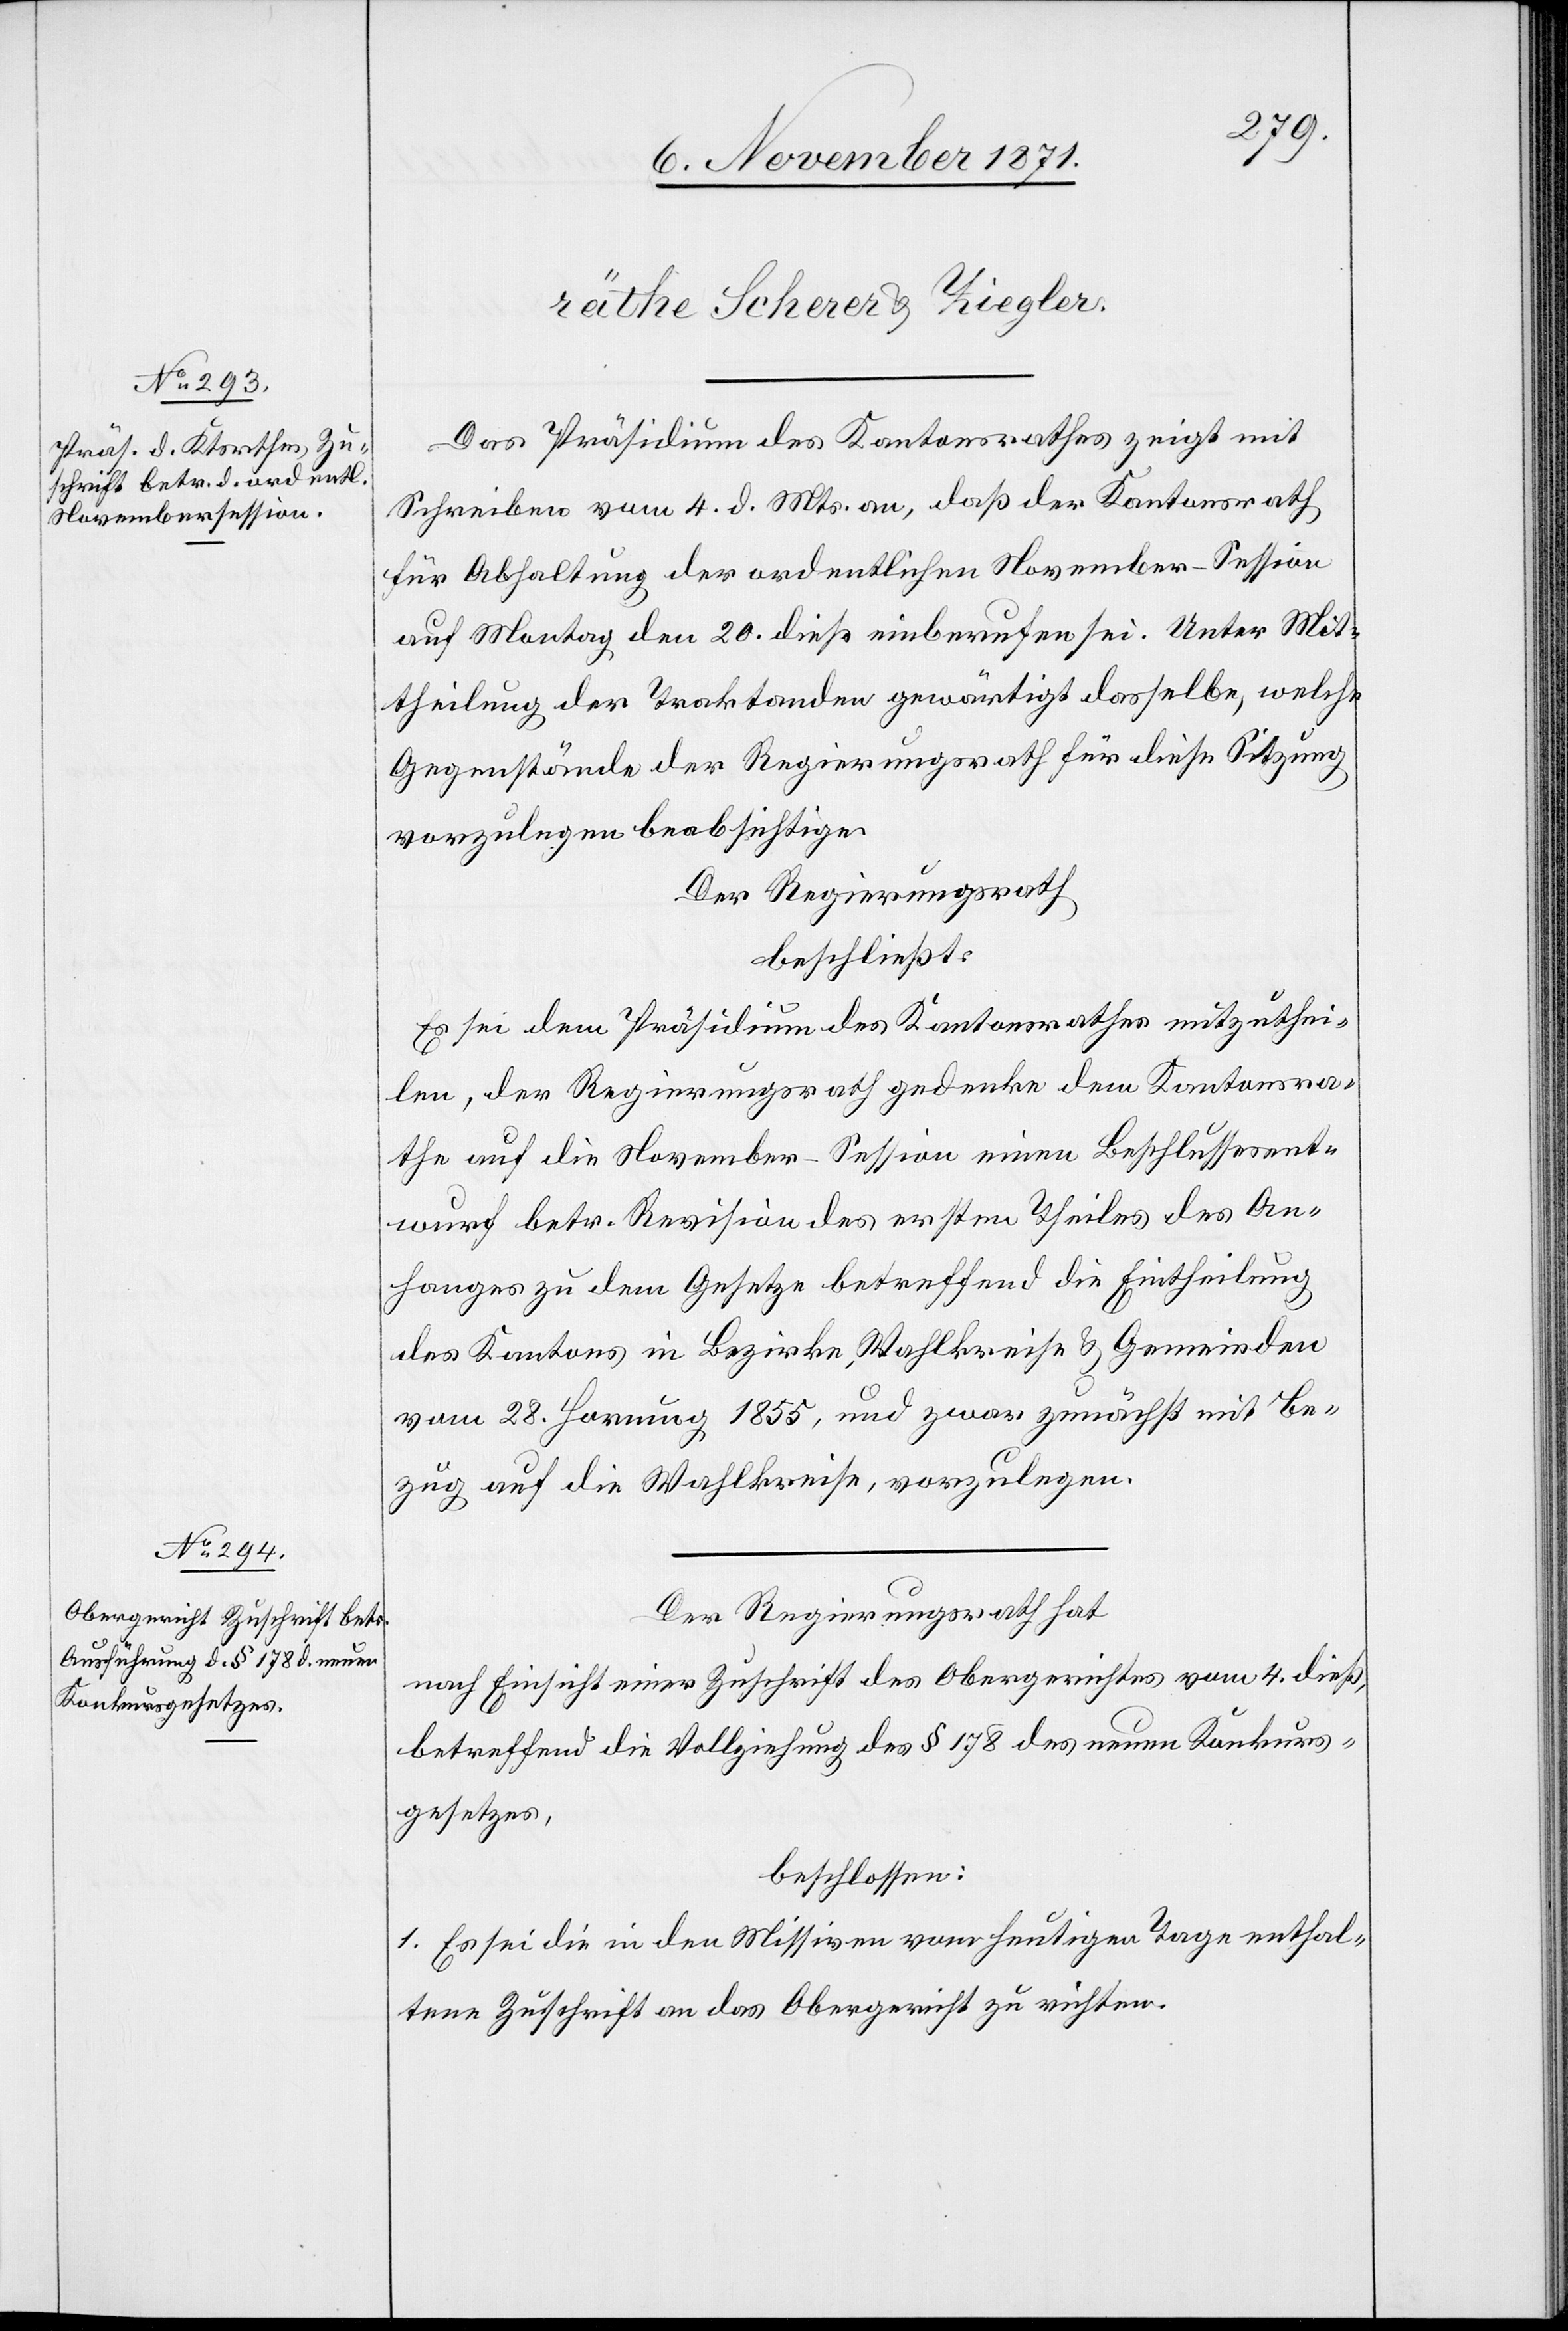
Das Präsidium des Kantonsrathes zeigt mit
Schreiben vom 4. d. Mts. an, daß der Kantonsrath
für Abhaltung der ordentlichen November-Session
auf Montag den 20. dieß einberufen sei. Unter Mit¬
theilung der Traktanden gewärtigt dasselbe, welche
Gegenstände der Regierungsrath für diese Sitzung
vorzulegen beabsichtige.
Der Regierungsrath
beschließt:
Es sei dem Präsidium des Kantonsrathes mitzuthei¬
len, der Regierungsrath gedenke dem Kantonsra¬
the auf die November-Session einen Beschlussesent¬
wurf betr. Revision des ersten Theiles des An¬
fanges zu dem Gesetze betreffend die Eintheilung
des Kantons in Bezirke, Wahlkreise & Gemeinden
vom 28. Hornung 1855, und zwar zunächst mit Be¬
zug auf die Wahlkreise, vorzulegen.
Der Regierungsrath hat
nach Einsicht einer Zuschrift des Obergerichtes vom 4. dieß.
betreffend die Vollziehung des § 178 des neuen Konkurs¬
gesetzes,
beschlossen:
1. Es sei die in den Missiven vom heutigen Tage enthal¬
tene Zuschrift an das Obergericht zu richten.